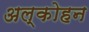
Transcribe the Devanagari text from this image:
अल्कोहन